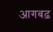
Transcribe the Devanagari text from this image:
आगबढ़